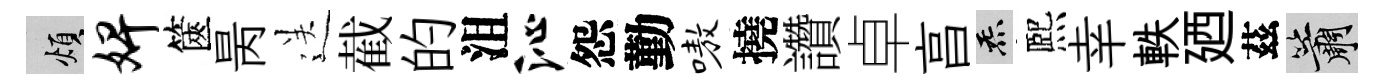
煩婢篋昺送截的沮沁怨勤嗷撓讚卓亯炁熈幸軼廼茲簫